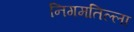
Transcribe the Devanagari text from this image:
निगमतिल्ला